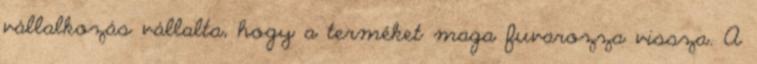
vállalkozás vállalta, hogy a terméket maga fuvarozza vissza. A